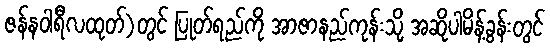
ဇန်နဝါရီလထုတ်)တွင် ပြုတ်ရည်ကို အာဇာနည်ကုန်းသို့ အဆိုပါမိန့်ခွန်းတွင်